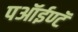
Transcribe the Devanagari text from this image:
पऑईण्टॅ